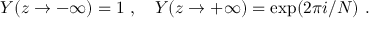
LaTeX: Y ( z \rightarrow - \infty ) = 1 ~ , ~ ~ ~ Y ( z \rightarrow + \infty ) = \exp ( 2 \pi i / N ) ~ .